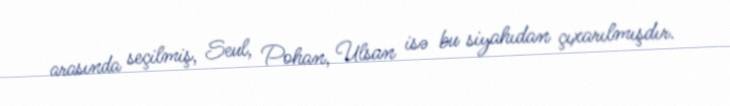
arasında seçilmiş, Seul, Pohan, Ulsan isə bu siyahıdan çıxarılmışdır.